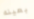
بعينه